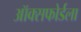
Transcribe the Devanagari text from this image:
ऑक्सफोर्डला